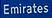
emirates